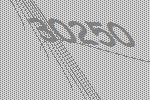
30250